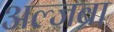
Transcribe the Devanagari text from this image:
अल्जब्रा